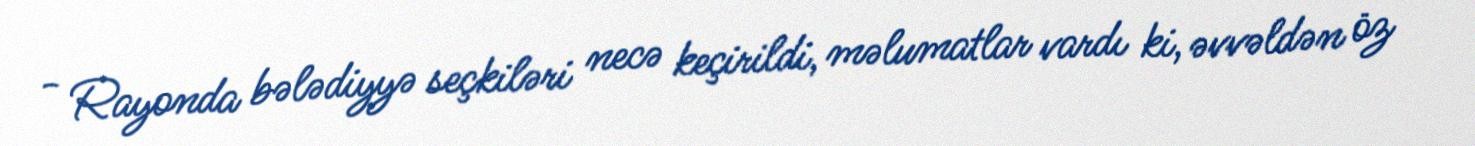
- Rayonda bələdiyyə seçkiləri necə keçirildi, məlumatlar vardı ki, əvvəldən öz